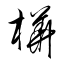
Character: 樺